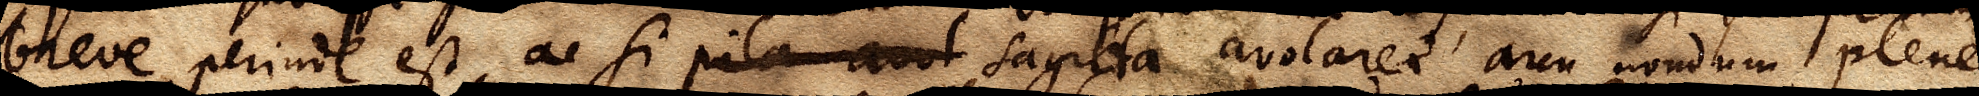
breve perinde est, ac si pila aut sagitta avolaret arcu nondum plene